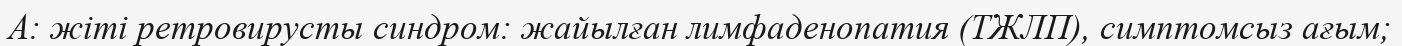
А: жіті ретровирусты синдром: жайылған лимфаденопатия (ТЖЛП), симптомсыз ағым;